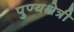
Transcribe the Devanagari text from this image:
पुण्यक्षेत्री